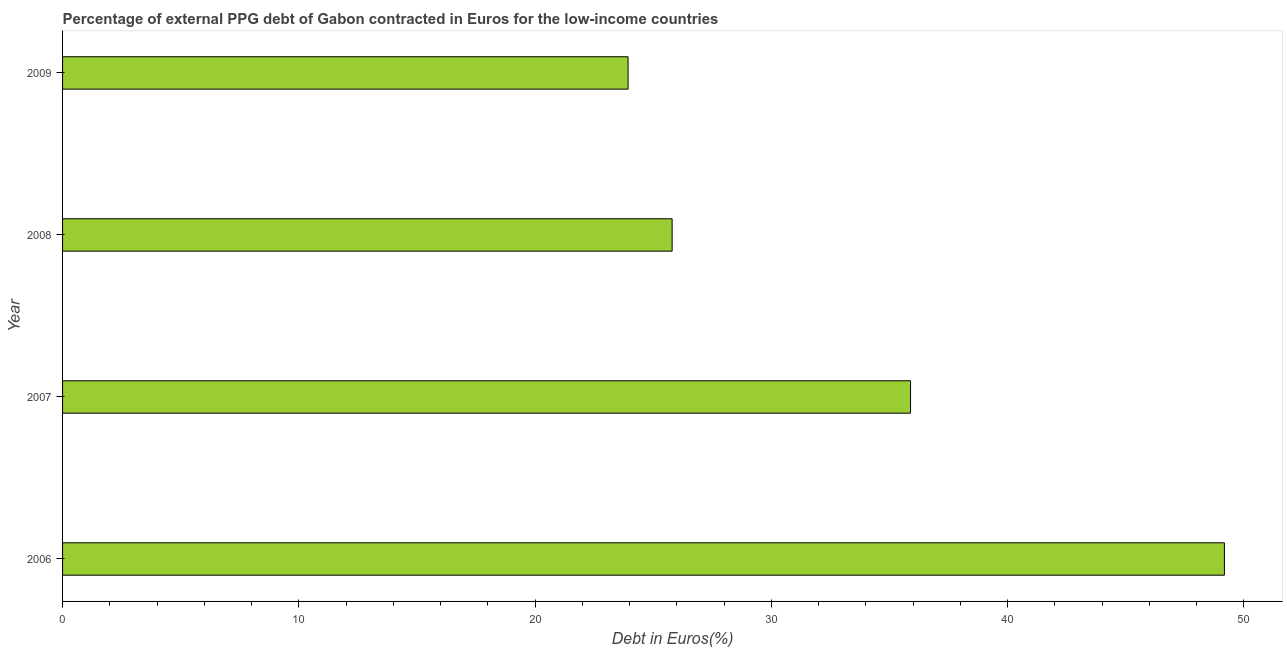
| Year | Currency composition of PPG debt |
 | --- | --- |
 | 2006 | 49.2 |
 | 2007 | 35.9 |
 | 2008 | 25.8 |
 | 2009 | 23.9 |